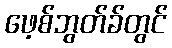
ဖေ့စ်ဘွတ်ခ်တွင်